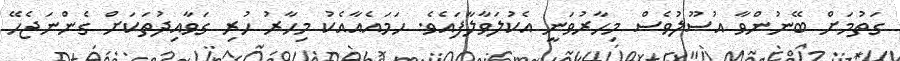
ގަތުމަށް ބޭނުންވާ އުސޫލުވެސް މިހާރުވަނީ އެކުލަވާލާފައެވެ. ހަމައެއާއެކު މިހާރު ހުރި ގަވާއިދުތަކަށް ގެންނަޖެހޭ